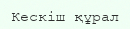
Кескіш құрал